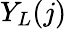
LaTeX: Y_{L}(j)